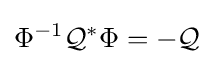
\Phi ^{-1}{\mathcal {Q}}^{*}\Phi =-{\mathcal {Q}}